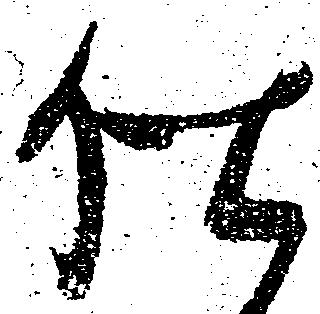
仕